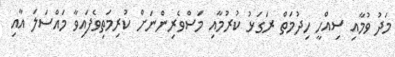
މަދު ވުމާއި ސިއްހީ ހިދުމަތް ރަގަޅު ކުރުމާއި މަސްވެރިންނަށް ކުރިމަތިވެފައިވާ މައްސަލަ އާއި